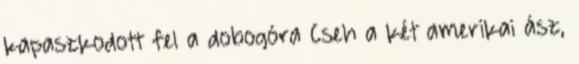
kapaszkodott fel a dobogóra Cseh a két amerikai ász,